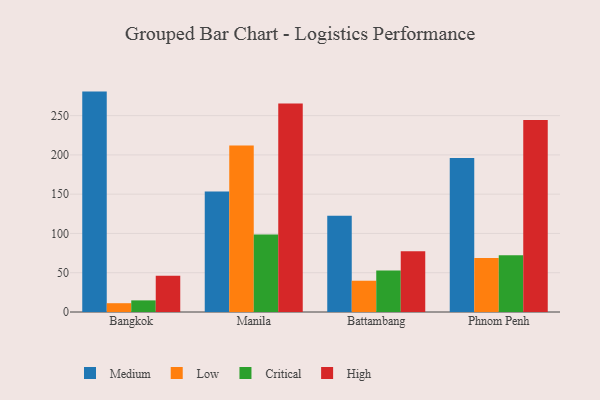
{"axis": {"x": "City", "y": "Backlog"}, "legend": ["Critical", "High", "Low", "Medium"], "data": [{"x": "Bangkok", "y": 280.6, "type": "Medium"}, {"x": "Bangkok", "y": 11.2, "type": "Low"}, {"x": "Bangkok", "y": 14.8, "type": "Critical"}, {"x": "Bangkok", "y": 46.2, "type": "High"}, {"x": "Manila", "y": 153.5, "type": "Medium"}, {"x": "Manila", "y": 212.1, "type": "Low"}, {"x": "Manila", "y": 98.7, "type": "Critical"}, {"x": "Manila", "y": 265.4, "type": "High"}, {"x": "Battambang", "y": 122.4, "type": "Medium"}, {"x": "Battambang", "y": 39.8, "type": "Low"}, {"x": "Battambang", "y": 52.7, "type": "Critical"}, {"x": "Battambang", "y": 77.2, "type": "High"}, {"x": "Phnom Penh", "y": 196.1, "type": "Medium"}, {"x": "Phnom Penh", "y": 68.9, "type": "Low"}, {"x": "Phnom Penh", "y": 72.2, "type": "Critical"}, {"x": "Phnom Penh", "y": 244.5, "type": "High"}]}